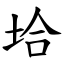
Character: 垥